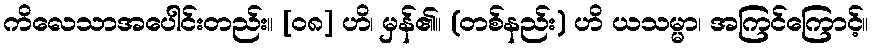
ကိလေသာအပေါင်းတည်း။ [၀၈] ဟိ၊ မှန်၏။ (တစ်နည်း) ဟိ ယသမ္မာ၊ အကြင်ကြောင့်။